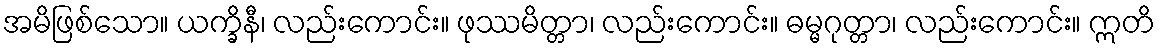
အမိဖြစ်သော။ ယက္ခိနီ၊ လည်းကောင်း။ ဖုဿမိတ္တာ၊ လည်းကောင်း။ ဓမ္မဂုတ္တာ၊ လည်းကောင်း။ ဣတိ